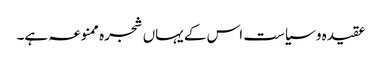
عقیدہ و سیاست اس کے یہاں شجرہ ممنوعہ ہے۔